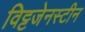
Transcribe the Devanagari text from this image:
विट्टजेनस्टीन